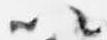
以